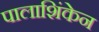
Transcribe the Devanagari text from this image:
पालाशिंकेन